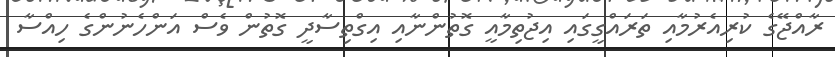
ރާއްޖޭގެ ކުރިއެރުމާއި ތަރައްގީގައި އިޖުތިމާއީ ގޮތުންނާއި އިގްތިސާދީ ގޮތުން ވެސް އަންހެނުންގެ ހިއްސާ